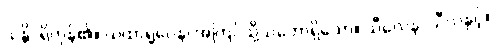
သန္တိ၊ ရှိကုန်၏။ ယထာရူပေန၊ အကြင်သို့သဘောရှိသော။ သီလေန၊ သီလနှင့်။